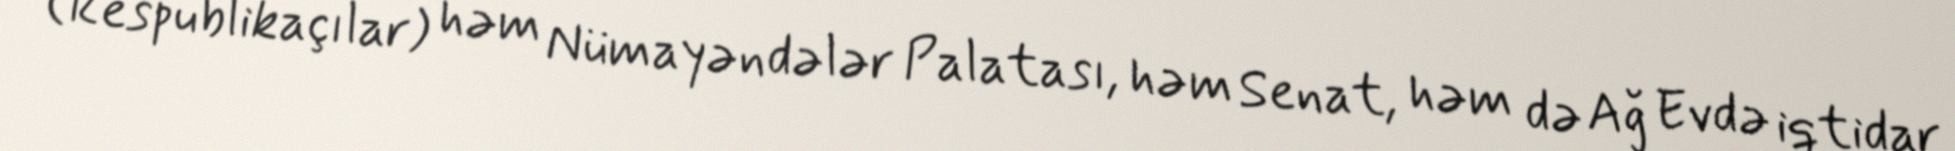
(Respublikaçılar) həm Nümayəndələr Palatası, həm Senat, həm də Ağ Evdə iqtidar